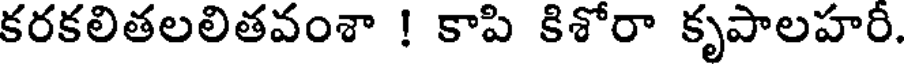
కరకలితలలితవంశా ! కాపి కిశోరా కృపాలహరీ.